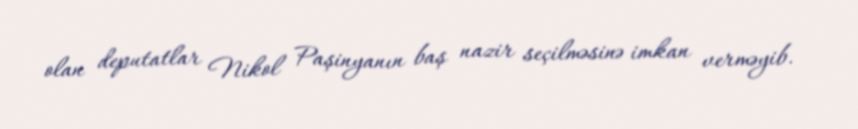
olan deputatlar Nikol Paşinyanın baş nazir seçilməsinə imkan verməyib.